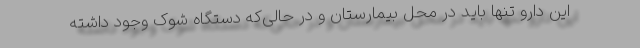
این دارو تنها باید در محل بیمارستان و در حالی‌که دستگاه شوک وجود داشته